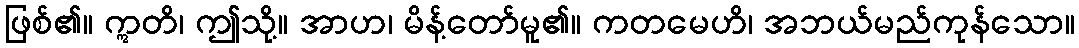
ဖြစ်၏။ ဣတိ၊ ဤသို့။ အာဟ၊ မိန့်တော်မူ၏။ ကတမေဟိ၊ အဘယ်မည်ကုန်သော။